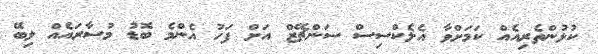
ކުޅުންތެރިއެއް ކަމަށްވާ އެލެކްސިސް ސަންޗޭޒް އަށް ފަހު އެންމެ ބޮޑު މުސާރައެއް ލިބޭ